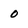
Character: o